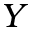
Y